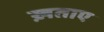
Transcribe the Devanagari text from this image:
ख़ताए